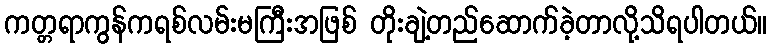
ကတ္တရာကွန်ကရစ်လမ်းမကြီးအဖြစ် တိုးချဲ့တည်ဆောက်ခဲ့တာလို့သိရပါတယ်။